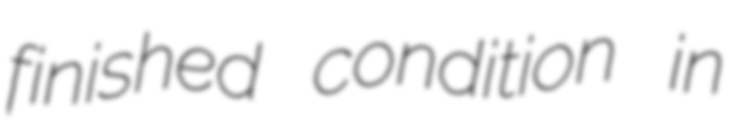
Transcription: finished condition in